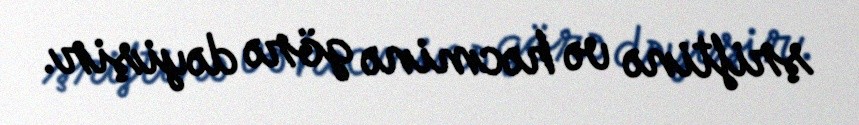
şriftinə və həcminə görə dəyişir.